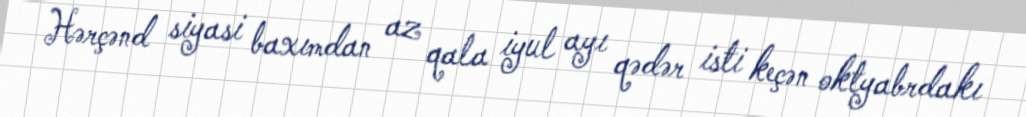
Hərçənd siyasi baxımdan az qala iyul ayı qədər isti keçən oktyabrdakı